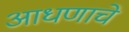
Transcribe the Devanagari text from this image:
आधणाचे